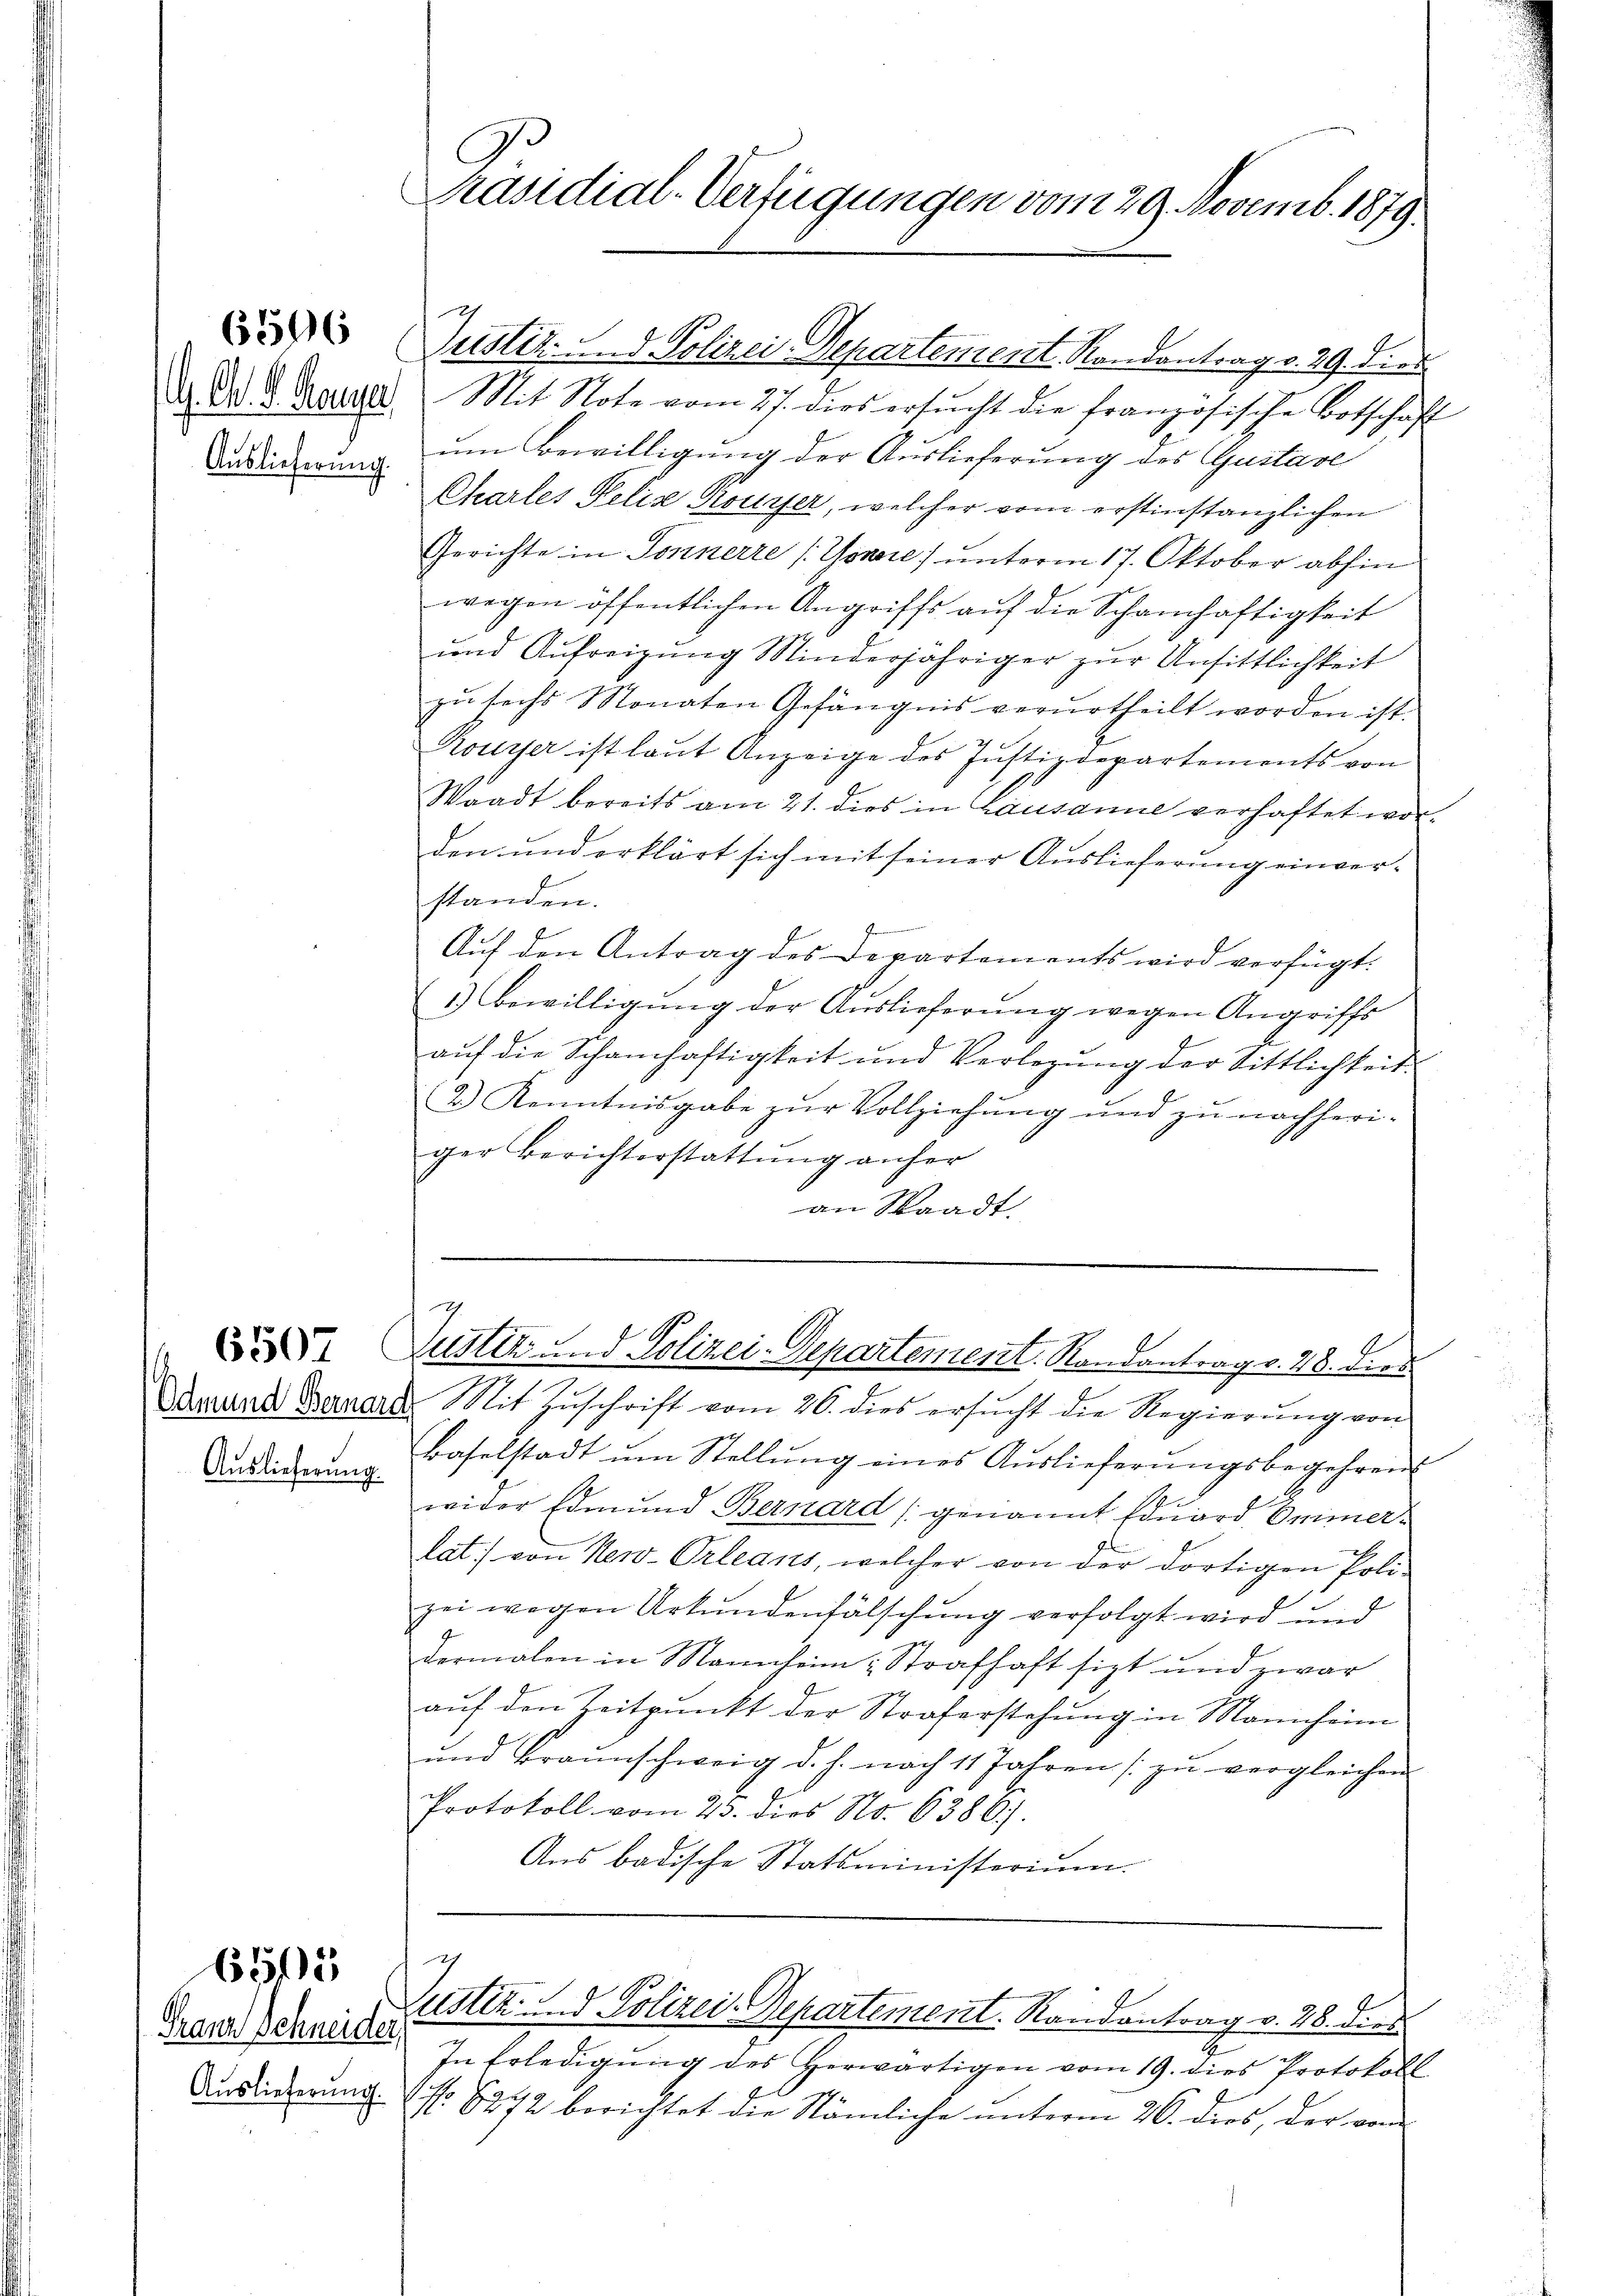
Auslieferung.

Franz Schneider,
Auslieferung.

6505

Auslieferung.

Präsidial-Verfügungen vom 29. Novemb. 1879

d. Ad 2. Feuere Mit Note vom 27. dies ersŭcht die französische Botschaft
um Bewilligung der Auslieferung des Gustave
Charles Pelis Rouyer, welcher vom erstinstanzlichen
Gerichte in Sonnerre (Gonere) unterm 17. Oktober abhin
wegen öffentlichen Angriffs auf die Schanhaftigkeit
und Aŭfreigŭng Minderjähriger zŭr Unsittlichkeit
zŭ sechs Monaten Gefängnis verurtheilt worden ist.
Rousser ist laut Anzeige des Justizdepartements von
Waadt bereits am 21. dies in Lausanne verhaftet worden und erklärt sich mit seiner Auslieferung einver-
standen.
.
Auf den Antrag des Departements wird verfügt:
1.) Bewilligung der Auslieferung wegen Angriffs
auf die Schanhaftigkeit und Verlegung der Sittlichkeit.
2.) Kenntnisgabe zŭr Vollziehŭng und zŭ nachheri-
ger Berichterstattŭng anher
an Staadt.

Justiz d. Polizei-Departement. Randontrag v. 29. dies

Justiz und Polizei-Departement. Randantrag v. 28. dies

Drund Berner Mit Zuschrift vom 26. dies ersucht die Regierung von
Baselstadt ŭm Stellŭng eines Auslieferŭngsbegehrens
wider Edmund Bernard genannt Eduard Ommer¬
J
lat. von New-Orleans, welcher von der dortigen Poli-
zei wegen Urkundenfälschung verfolgt wird und
dermalen in Mannheim: Strafhaft sit und zwar
auf den Zeitpunkt der Straferstehung in Mannheim
und Braunschweig d. h. nach 11 Jahren zŭ vergleichen
Protokoll vom 23. dies No. 6386).
Aus badische Statsministerium.
7
Zustiz- und Polizei-Departement. Randantrag v. 28. dies
In Erledigŭng des herwärtigen vom 19. dies Protokoll
NNo. 8272 berichtet die Nämliche ŭnterm 26. dies, der von
1